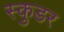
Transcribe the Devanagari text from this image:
स्कुडर